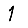
Digit: 1